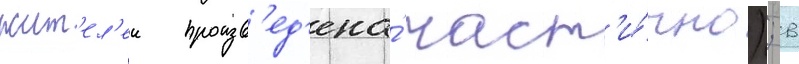
жит'ел'еи произв'ед'ена́ част'и́чно); в